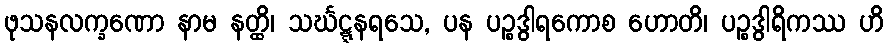
ဖုသနလက္ခဏော နာမ နတ္ထိ၊ သင်္ဃဋ္ဋနရသေ, ပန ပဉ္စဒွါရကောစ ဟောတိ၊ ပဉ္စဒွါရိကဿ ဟိ